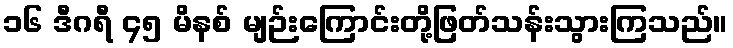
၁၆ ဒီဂရီ ၄၅ မိနစ် မျဉ်းကြောင်းတို့ဖြတ်သန်းသွားကြသည်။